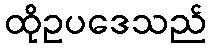
ထိုဥပဒေသည်